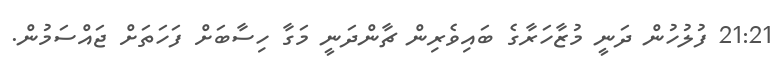
21:21 ފުލުހުން ދަނީ މުޒާހަރާގެ ބައިވެރިން ޗާންދަނީ މަގާ ހިސާބަށް ފަހަތަށް ޖައްސަމުން.